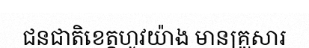
ជនជាតិខេត្តហូវយ៉ាង មានគ្រួសារ